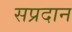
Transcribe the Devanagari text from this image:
सप्रदान